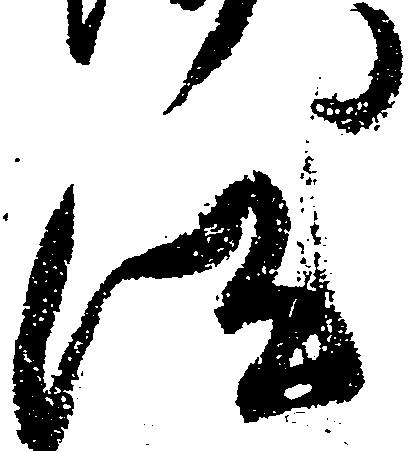
汰